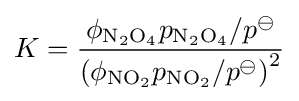
K={\frac {\phi _{\mathrm {N_{2}O_{4}} }p_{\mathrm {N_{2}O_{4}} }/{p^{\ominus }}}{\left(\phi _{\mathrm {NO_{2}} }p_{\mathrm {NO_{2}} }/{p^{\ominus }}\right)^{2}}}